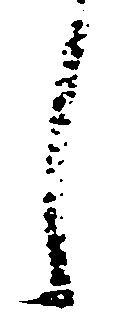
し